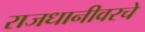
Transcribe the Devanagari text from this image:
राजधानीवरचे